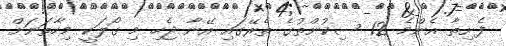
ފެށިތާ އެންމެ 12 ސިކުންތުގެ ތެރޭގައި އޭނާ ޖެހި މި ގޯލަކީ މިހާތަނަށް